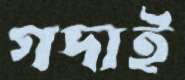
গদাই